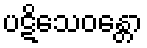
ပဋိသေဝန္တော